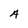
Character: A